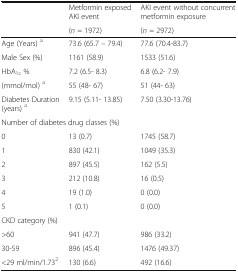
<table><thead><tr><td rowspan="2"></td><td><b>Metformin exposed AKI event</b></td><td><b>AKI event without concurrent metformin exposure</b></td></tr><tr><td><b>(<i>n</i> = 1972)</b></td><td><b>(<i>n</i> = 2972)</b></td></tr></thead><tbody><tr><td>Age (Years) <sup>a</sup></td><td>73.6 (65.7 – 79.4)</td><td>77.6 (70.4-83.7)</td></tr><tr><td>Male Sex (%)</td><td>1161 (58.9)</td><td>1533 (51.6)</td></tr><tr><td>HbA<sub>1c</sub> %</td><td>7.2 (6.5- 8.3)</td><td>6.8 (6.2- 7.9)</td></tr><tr><td>(mmol/mol) <sup>a</sup></td><td>55 (48- 67)</td><td>51 (44- 63)</td></tr><tr><td>Diabetes Duration (years) <sup>a</sup></td><td>9.15 (5.11- 13.85)</td><td>7.50 (3.30-13.76)</td></tr><tr><td colspan="3">Number of diabetes drug classes (%)</td></tr><tr><td>0</td><td>13 (0.7)</td><td>1745 (58.7)</td></tr><tr><td>1</td><td>830 (42.1)</td><td>1049 (35.3)</td></tr><tr><td>2</td><td>897 (45.5)</td><td>162 (5.5)</td></tr><tr><td>3</td><td>212 (10.8)</td><td>16 (0.5)</td></tr><tr><td>4</td><td>19 (1.0)</td><td>0 (0.0)</td></tr><tr><td>5</td><td>1 (0.1)</td><td>0 (0.0)</td></tr><tr><td colspan="3">CKD category (%)</td></tr><tr><td>&gt;60</td><td>941 (47.7)</td><td>986 (33.2)</td></tr><tr><td>30-59</td><td>896 (45.4)</td><td>1476 (49.37)</td></tr><tr><td>&lt;29 ml/min/1.73<sup>2</sup></td><td>130 (6.6)</td><td>492 (16.6)</td></tr></tbody></table>